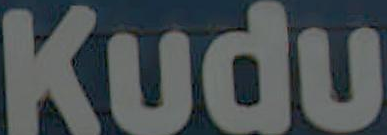
Kudu